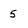
Character: 5